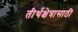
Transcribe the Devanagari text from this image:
तीर्थक्षेत्रासाठी